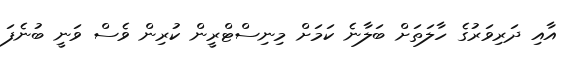
އާއި ދަރިވަރުގެ ހާލަތަށް ބަލާނެ ކަމަށް މިނިސްޓްރީން ކުރިން ވެސް ވަނީ ބުނެފަ